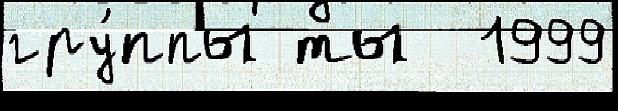
гру́ппы ты  1999